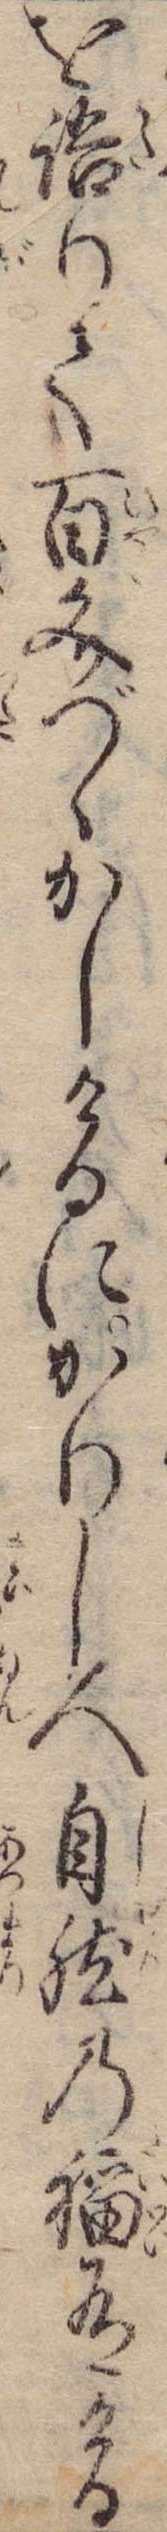
を語りて百文づゝかしけるにかりし人自然の福有ける